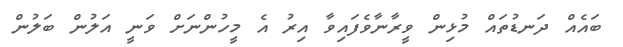
ބައެއް ދަނޑުތައް މުޅިން ވީރާނާވެފައިވާ އިރު އެ މީހުންނަށް ވަނީ އަލުން ބަލުން